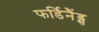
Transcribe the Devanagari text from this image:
फर्डिनैंड्स